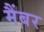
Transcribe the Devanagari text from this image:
मैंबर